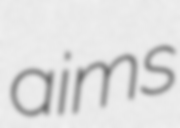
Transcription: aims